Black-water fever - Number 35
Disease focus: Fever
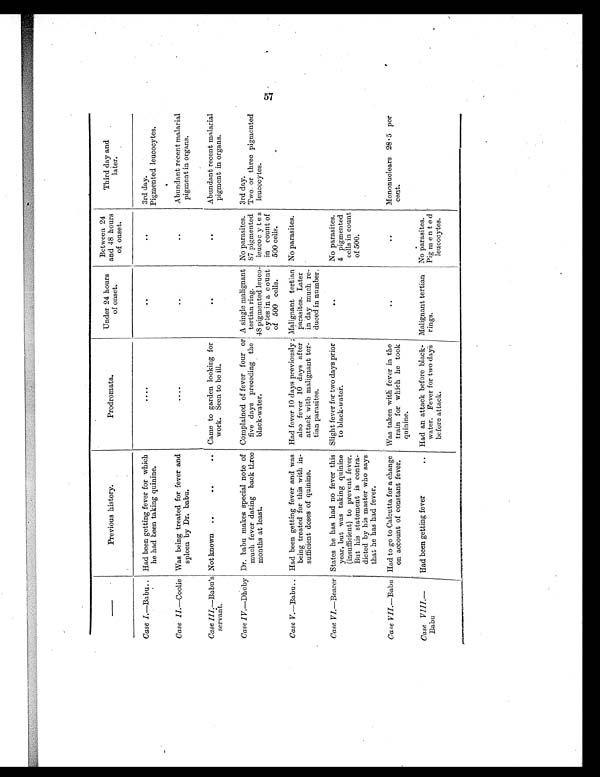
—
Previous history.
Prodromata.
Under 24 hours
of onset.
Between 24
and 48 hours
of onset.
Third day and
l a t e r .
Case I.—Babu .. Had been getting fever for which
he had been taking quinine.
....
. .
..
3rd day.
Pigmented leucocytes.
Case II.—Coolie Was being treated for fever and
spleen by Dr. babu.
. . . .
. .
. .
Abundant recent malarial
pigment in organs.
Case III. —Babu's
servant.
Not known ..
..
.. Came to garden looking for
work. Seen to be ill.
. .
..
Abundant recent malarial
pigment in organs.
Case IV.—Dhoby Dr. babu makes special note of
much fever dating back three
months at least.
Complained of fever four or
five days preceding the
black-water.
A single malignant
tertian ring.
48 pigmented leuco-
cytes in a count
of 500 cells.
No parasites.
87 pigmented
leucocytes
in count of
500 cells.
3rd day.
Two or three pigmented
leucocytes.
Case V.—Babu .. Had been getting fever and was
being treated for this with in-
sufficient doses of quinine.
Had fever 10 days previously ;
also fever 10 days after
attack with malignant ter-
tian parasites.
Malignant tertian
parasites. Later
in day much re-
duced in number.
No parasites.
Case VI.—Bearer States he has had no fever this
year, but was taking quinine
(insufficient) to prevent fever.
But his statement is contra-
dicted by his master who says
that he has had fever.
Slight fever for two days prior
to black-water.
. .
No parasites.
4 pigmented
cells in count
of 500.
Case VII.—Babu Had to go to Calcutta for a change
on account of constant fever.
Was taken with fever in the
train for which he took
quinine.
. .
..
Mononuclears 28 .5 per
cent.
Case VIII. —
Babu.
Had been getting fever
..
Had an attack before black-
water. Fever for two days
before attack.
Malignant tertian
rings.
No parasites.
Pigmented
leucocytes.
57